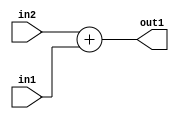
`timescale 1ps / 1ps
/*****************************************************************************
    Verilog RTL Description
    
    
    Created by: Stratus DpOpt 2019.1.01 
*******************************************************************************/

module st_weight_addr_gen_Add_16Ux6U_16U_4_5 (
	in2,
	in1,
	out1
	); /* architecture "behavioural" */ 
input [15:0] in2;
input [5:0] in1;
output [15:0] out1;
wire [15:0] asc001;

assign asc001 = 
	+(in2)
	+(in1);

assign out1 = asc001;
endmodule

/* CADENCE  ubLzTAk= : u9/ySgnWtBlWxVPRXgAZ4Og= ** DO NOT EDIT THIS LINE ******/